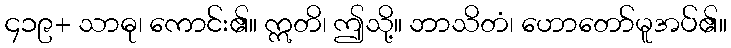
၄၁၉+ သာဓု၊ ကောင်း၏။ ဣတိ၊ ဤသို့။ ဘာသိတံ၊ ဟောတော်မူအပ်၏။